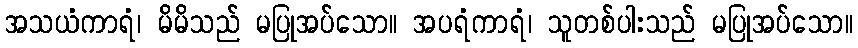
အသယံကာရံ၊ မိမိသည် မပြုအပ်သော။ အပရံကာရံ၊ သူတစ်ပါးသည် မပြုအပ်သော။